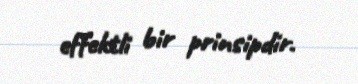
effektli bir prinsipdir.